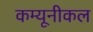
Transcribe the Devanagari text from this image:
कम्यूनीकल